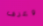
وعرف